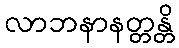
လာဘနာနတ္တန္တိ